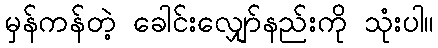
မှန်ကန်တဲ့ ခေါင်းလျှော်နည်းကို သုံးပါ။